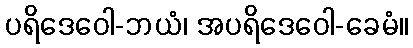
ပရိဒေဝေါ-ဘယံ၊ အပရိဒေဝေါ-ခေမံ။